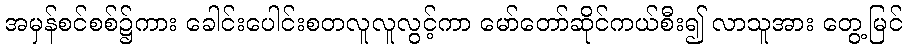
အမှန်စင်စစ်၌ကား ခေါင်းပေါင်းစတလူလူလွင့်ကာ မော်တော်ဆိုင်ကယ်စီး၍ လာသူအား တွေ့မြင်